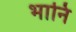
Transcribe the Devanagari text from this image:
भानि